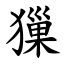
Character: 㺐